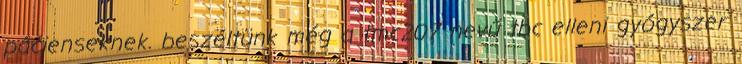
pácienseknek. beszéltünk még a tmc207 nevű tbc elleni gyógyszer